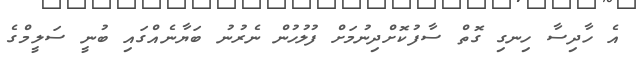
އެ ހާދިސާ ހިނގި ގޮތް ސާފުކޮށްދިނުމަށް ފުލުހުން ނެރުނު ބަޔާނެއްގައި ބުނީ ސަލީމްގެ